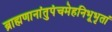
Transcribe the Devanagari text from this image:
ब्राह्मणानांतुपंचमेहनिभूभृतां